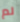
لم